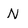
Character: N